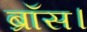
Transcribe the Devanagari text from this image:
ब्रॉस।